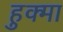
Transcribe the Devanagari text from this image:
हुक्मा